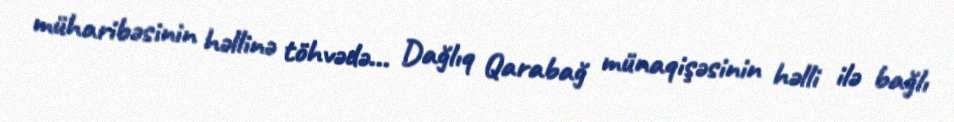
müharibəsinin həllinə töhvədə... Dağlıq Qarabağ münaqişəsinin həlli ilə bağlı